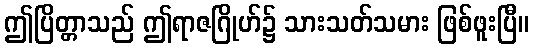
ဤပြိတ္တာသည် ဤရာဇဂြိုဟ်၌ သားသတ်သမား ဖြစ်ဖူးပြီ။